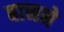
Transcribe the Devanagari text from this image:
बानने